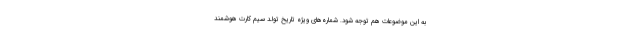
به این موضوعات هم توجه شود. شماره‌های ویژه تاریخ تولد سیم کارت هوشمند